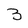
Character: B